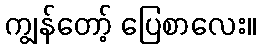
ကျွန်တော့် ပြေစာလေး။